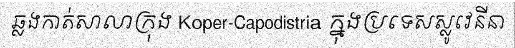
ឆ្លងកាត់សាលាក្រុង Koper-Capodistria ក្នុងប្រទេសស្លូវេនីនា